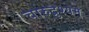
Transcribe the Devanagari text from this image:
चारुद्रुश्यम्